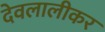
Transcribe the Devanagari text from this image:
देवलालीकर